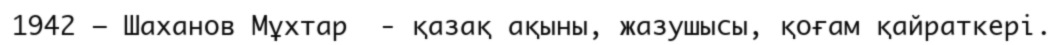
1942 — Шаханов Мұхтар  - қазақ ақыны, жазушысы, қоғам қайраткері.